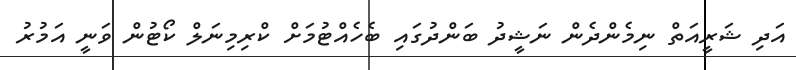
އަދި ޝަރީއަތް ނިމެންދެން ނަޝީދު ބަންދުގައި ބެހެއްޓުމަށް ކްރިމިނަލް ކޯޓުން ވަނީ އަމުރު